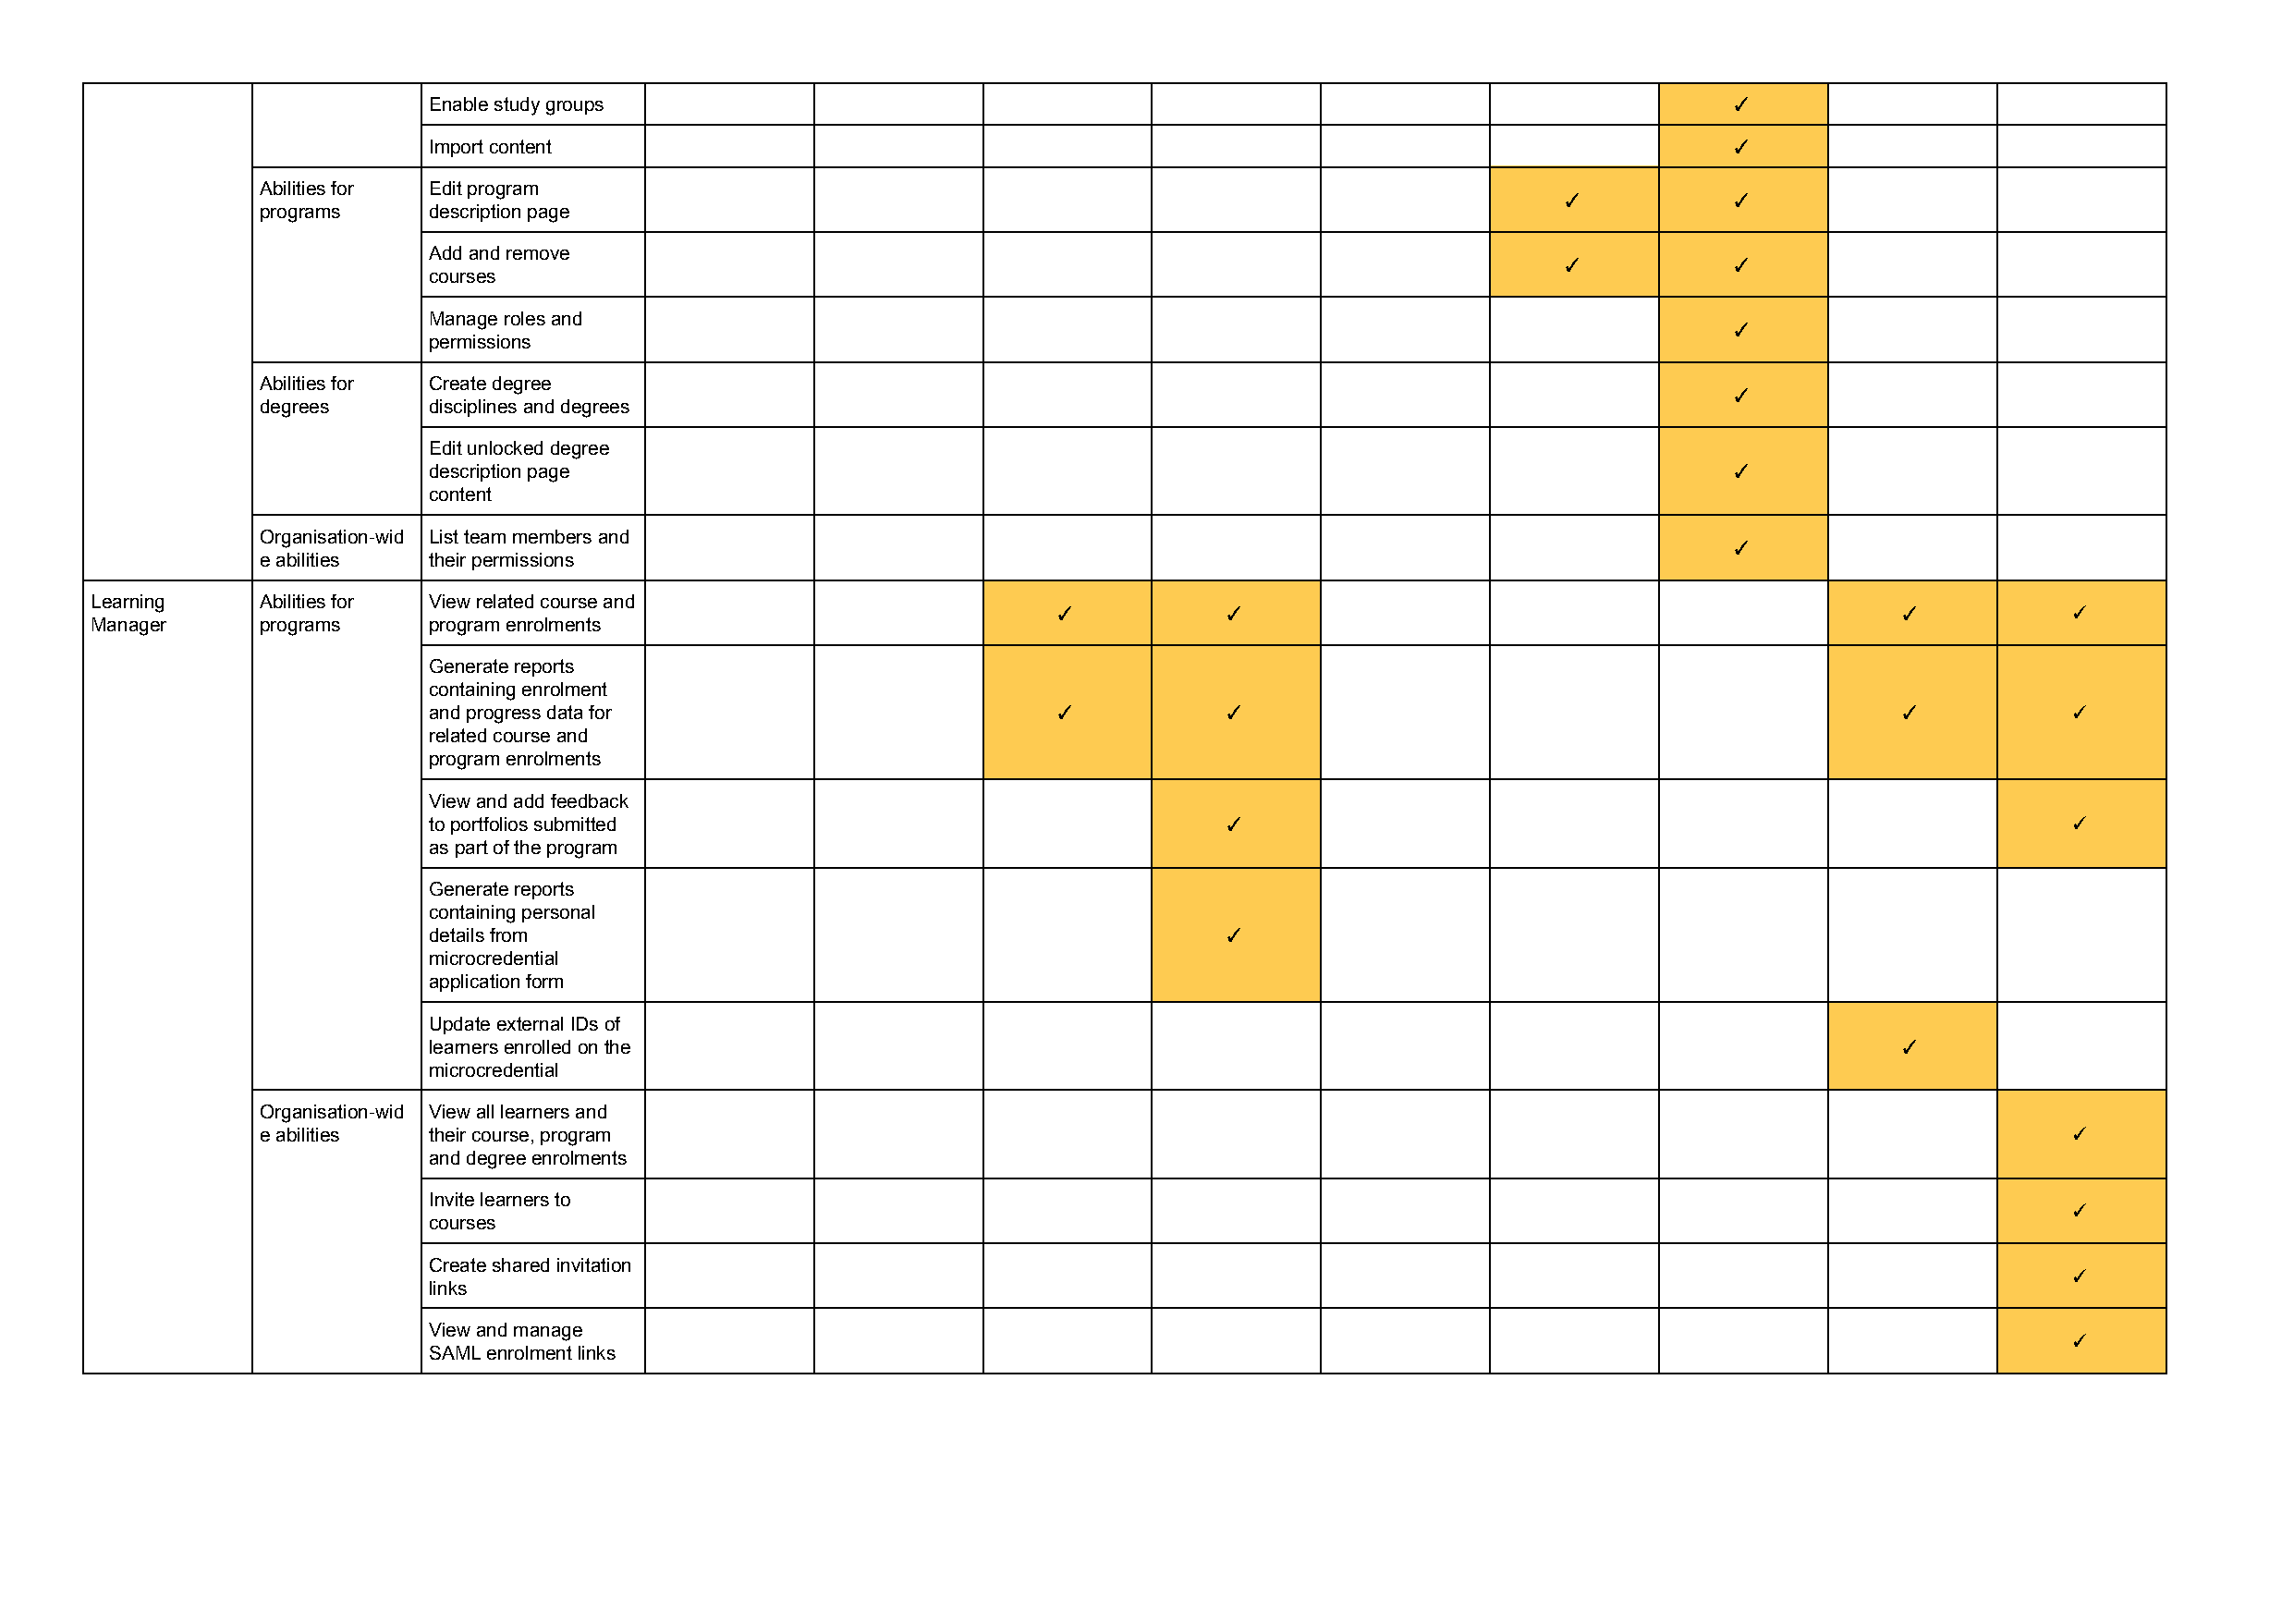
Enable study groups                                                                          ✓
 Import content                                                                               ✓
 Abilities for Edit program
 ✓           ✓
 programs    description page
 Add and remove
 ✓           ✓
 courses
 Manage roles and
 ✓
 permissions
 Abilities for Create degree
 ✓
 degrees     disciplines and degrees
 Edit unlocked degree
 description page                                                                             ✓
 content
 Organisation-wid List team members and
 ✓
 e abilities their permissions
 Learning     Abilities for View related course and
 ✓           ✓                                               ✓           ✓
 Manager      programs    program enrolments
 Generate reports
 containing enrolment
 and progress data for                        ✓           ✓                                               ✓           ✓
 related course and
 program enrolments
 View and add feedback
 to portfolios submitted                                  ✓                                                           ✓
 as part of the program
 Generate reports
 containing personal
 details from                                             ✓
 microcredential
 application form
 Update external IDs of
 learners enrolled on the                                                                                 ✓
 microcredential
 Organisation-wid View all learners and
 e abilities their course, program                                                                                                ✓
 and degree enrolments
 Invite learners to
 ✓
 courses
 Create shared invitation
 ✓
 links
 View and manage
 ✓
 SAML enrolment links